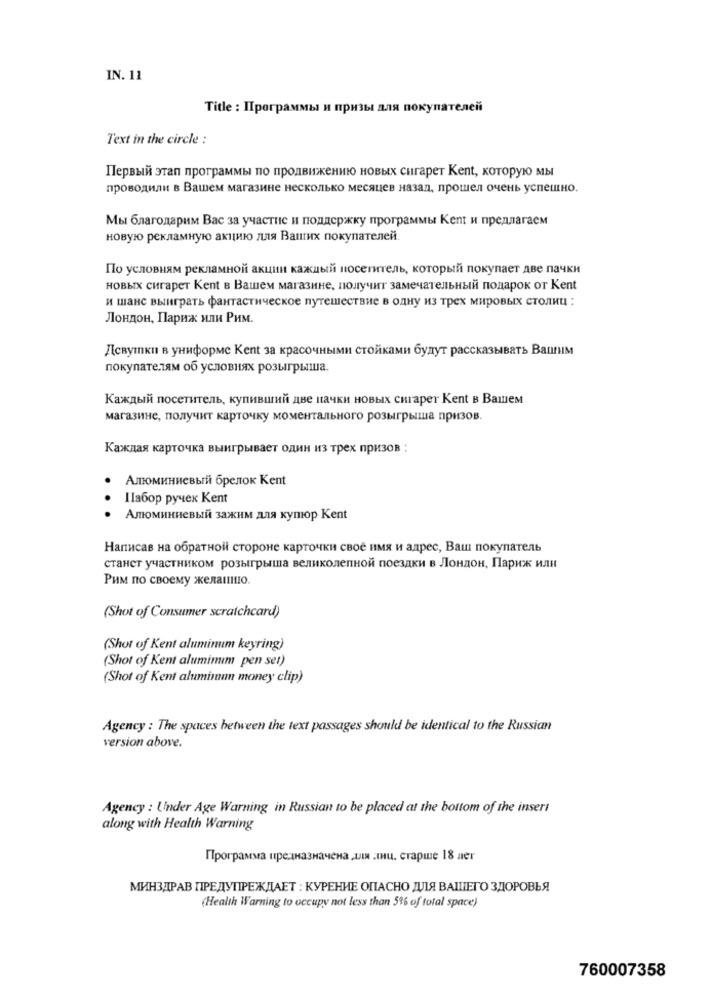
IN. 11
Title : Программы и призы для покупателей
Text in the circle :
Первый этап программы по продвижению новых сигарет Kent, которую мы
проводили в Вашем магазине несколько месяцев назад, прошел очень успешно.
Мы благодарим Вас за участие и поддержку программы Kent и предлагаем
новую рекламную акцию для Ваших покупателей.
По условиям рекламной акции каждый посетитель, который покупает две пачки
новых сигарет Kent в Вашем магазине, получит замечательный подарок от Kent
и шанс выиграть фантастическое путешествие в одну из трех мировых столиц :
Лондон, Париж или Рим.
Девушки в униформе Kent за красочными стойками будут рассказывать Вашим
покупателям об условиях розыгрыша.
Каждый посетитель, купивший две пачки новых сигарет Kent в Вашем
магазине, получит карточку моментального розыгрыша призов.
Каждая карточка выигрывает один из трех призов :
Алюминиевый брелок Kent
Набор ручек Kent
Алюминиевый зажим для купюр Kent
Написав на обратной стороне карточки свое имя и адрес, Ваш покупатель
станет участником розыгрыша великолепной поездки в Лондон, Париж или
Рим по своему желанию.
(Shot of Consumer scratchcard)
(Shot of Kent aluminum keyring)
(Shot of Kent aluminum pen set)
(Shot of Kent aluminum money clip)
Agency : The spaces between the text passages should be identical to the Russian
version above.
Agency : Under Age Warning in Russian to be placed at the bottom of the inseri
along with Health Warning
Программа предназначена для лиц. старше 18 лет
МИНЗДРАВ ПРЕДУПРЕЖДАЕТ : КУРЕНИЕ ОПАСНО ДЛЯ ВАШЕГО ЗДОРОВЬЯ
(Health Warning to occupy not less than 5% of total space)
760007358